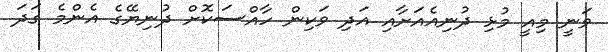
ވަނީ މިއީ މުޅި ދުނިއެއަށާއި އަދި ވަކިން ހާއްސަކޮށް ދުނިޔޭގެ އެންމެ ގަދަ